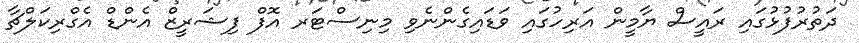
ދަތުރުފުޅުގައި ރައީސް ޔާމީން އަރިހުގައި ވަޑައިގެންނެވި މިނިސްޓަރ އޮފް ފިޝަރީޒް އެންޑް އެގްރިކަލްޗާ